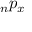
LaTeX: \, _ { n } p _ { x }